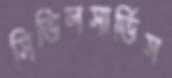
সিভিলসার্ভিস